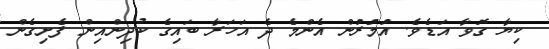
ކިޔާ ގޮވާ އަޑެވެ. އުމުރުން އެންމެ ދެ އަހަރާ ބައިގެ ކުދިންއިން ފެށިގެން